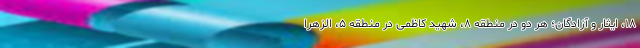
۱۸، ایثار و آزادگان؛ هر دو در منطقه ۸، شهید کاظمی در منطقه ۵، الزهرا